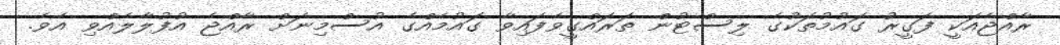
ރާއްޖެއަކީ ފަގީރު ގައުމުތަކުގެ ލިސްޓުން ތަރައްގީވެފައިވާ ގައުމެއްގެ އުސްމިނަށް ރާއްޖެ އުފުލާލެއްވި އެވެ.